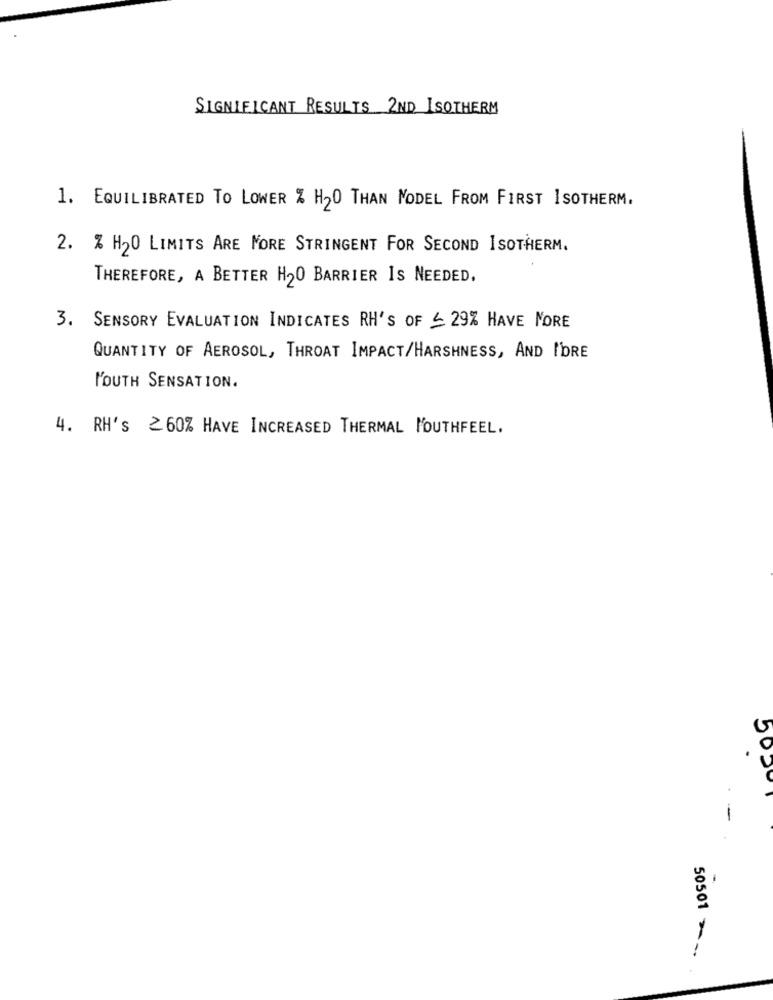
SIGNIFICANT RESULTS 2ND ISOTHERM
1. EQUILIBRATED TO LOWER % H20 THAN NODEL FROM FIRST ISOTHERM.
2. % H20 LIMITS ARE MORE STRINGENT FOR SECOND ISOTHERM.
THEREFORE, A BETTER H20 BARRIER IS NEEDED.
3. SENSORY EVALUATION INDICATES RH'S OF ≤ 29% HAVE MORE
QUANTITY OF AEROSOL, THROAT IMPACT/HARSHNESS, AND I'DRE
MOUTH SENSATION.
4. RH's 2 60% HAVE INCREASED THERMAL MOUTHFEEL.
-
50501 --,